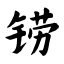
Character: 铹